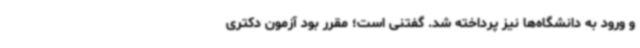
و ورود به دانشگاه‌ها نیز پرداخته شد. گفتنی است؛ مقرر بود آزمون‌ دکتری